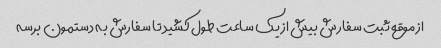
از موقع ثبت سفارش بیش از یک ساعت طول کشید تا سفارش به دستمون برسه